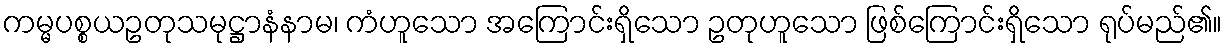
ကမ္မပစ္စယဥတုသမုဋ္ဌာနံနာမ၊ ကံဟူသော အကြောင်းရှိသော ဥတုဟူသော ဖြစ်ကြောင်းရှိသော ရုပ်မည်၏။